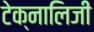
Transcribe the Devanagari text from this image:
टेक्नालिजी